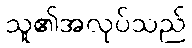
သူ၏အလုပ်သည်